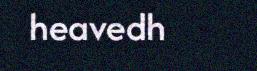
heavedh